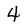
Character: 4